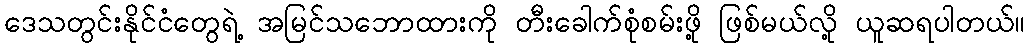
ဒေသတွင်းနိုင်ငံတွေရဲ့ အမြင်သဘောထားကို တီးခေါက်စုံစမ်းဖို့ ဖြစ်မယ်လို့ ယူဆရပါတယ်။